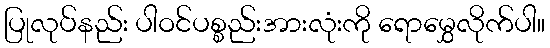
ပြုလုပ်နည်း ပါဝင်ပစ္စည်းအားလုံးကို ရောမွှေလိုက်ပါ။